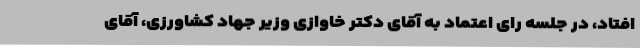
افتاد، در جلسه رای اعتماد به آقای دکتر خاوازی وزیر جهاد کشاورزی، آقای